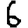
Digit: 6